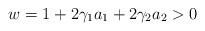
LaTeX: \begin{align*} w=1+2\gamma_1 a_1+2\gamma_2 a_2>0 \end{align*}